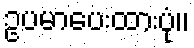
ဥပမာပေးထားပုံ။